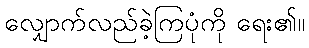
လျှောက်လည်ခဲ့ကြပုံကို ရေး၏။